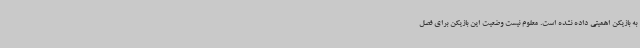
به بازیکن اهمیتی داده نشده است. معلوم نیست وضعیت این بازیکن برای فصل